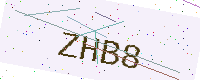
Text: ZHB8